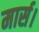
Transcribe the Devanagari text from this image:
मार्स।